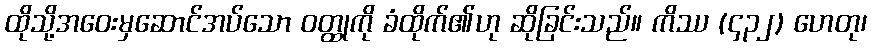
ထိုသို့အဝေးမှဆောင်အပ်သော ဝတ္ထုကို ခံထိုက်၏ဟု ဆိုခြင်းသည်။ ကိဿ (၄၃၂) ဟေတု၊